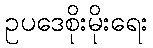
ဥပဒေစိုးမိုးရေး